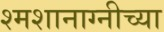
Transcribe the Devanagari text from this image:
श्मशानाग्नीच्या